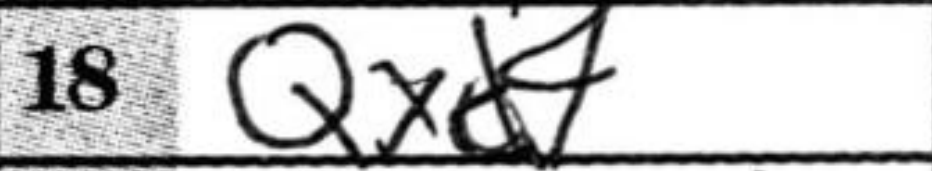
Transcription: Qxd4